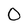
Character: 0